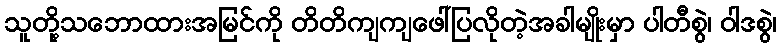
သူတို့သဘောထားအမြင်ကို တိတိကျကျဖေါ်ပြလိုတဲ့အခါမျိုးမှာ ပါတီစွဲ၊ ဝါဒစွဲ၊